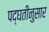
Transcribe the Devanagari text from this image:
पद्घतीनुसार